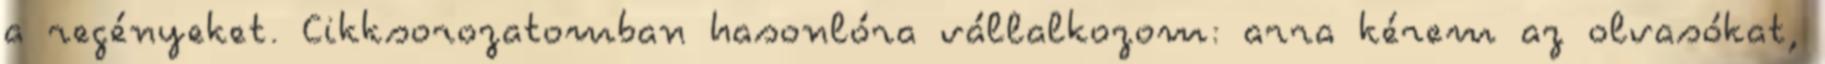
a regényeket. Cikksorozatomban hasonlóra vállalkozom: arra kérem az olvasókat,